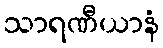
သာရဏီယာနံ